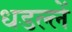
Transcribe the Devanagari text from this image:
धडल्लें